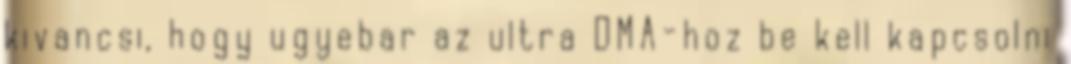
kivancsi, hogy ugyebar az ultra DMA-hoz be kell kapcsolni